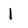
Character: l